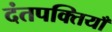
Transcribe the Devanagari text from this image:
दंतपक्तियाँ